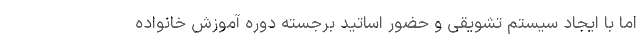
اما با ایجاد سیستم تشویقی و حضور اساتید برجسته دوره آموزش خانواده